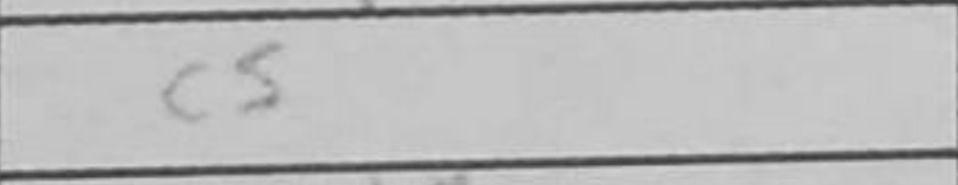
Transcription: c5